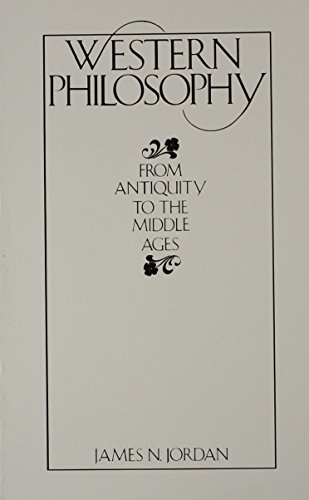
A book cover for History of Western Philosophy; James Jordan; History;